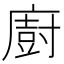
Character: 廚